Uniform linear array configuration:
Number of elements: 24
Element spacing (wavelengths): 1
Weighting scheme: hamming
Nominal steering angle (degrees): -45
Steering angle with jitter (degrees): -45.825
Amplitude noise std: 0.05
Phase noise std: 0.05

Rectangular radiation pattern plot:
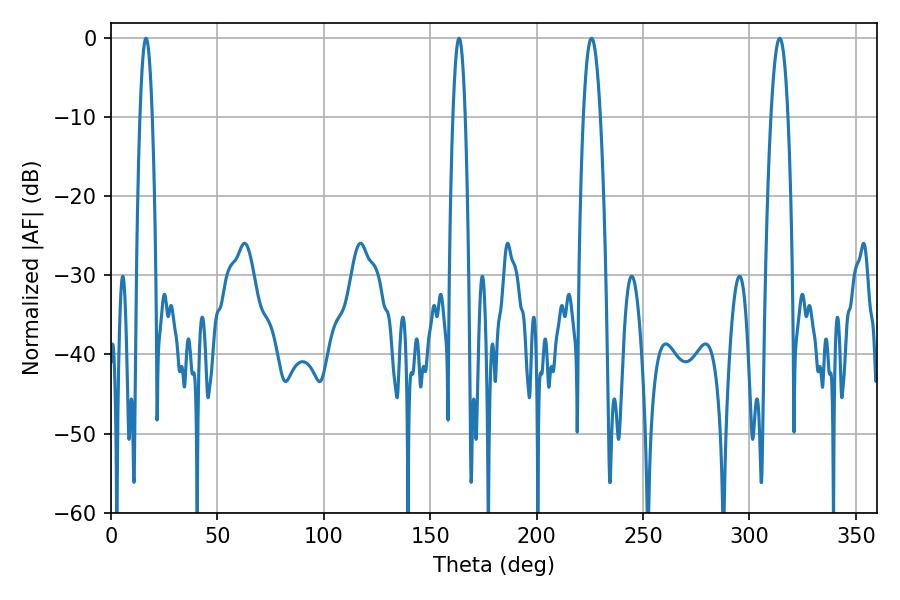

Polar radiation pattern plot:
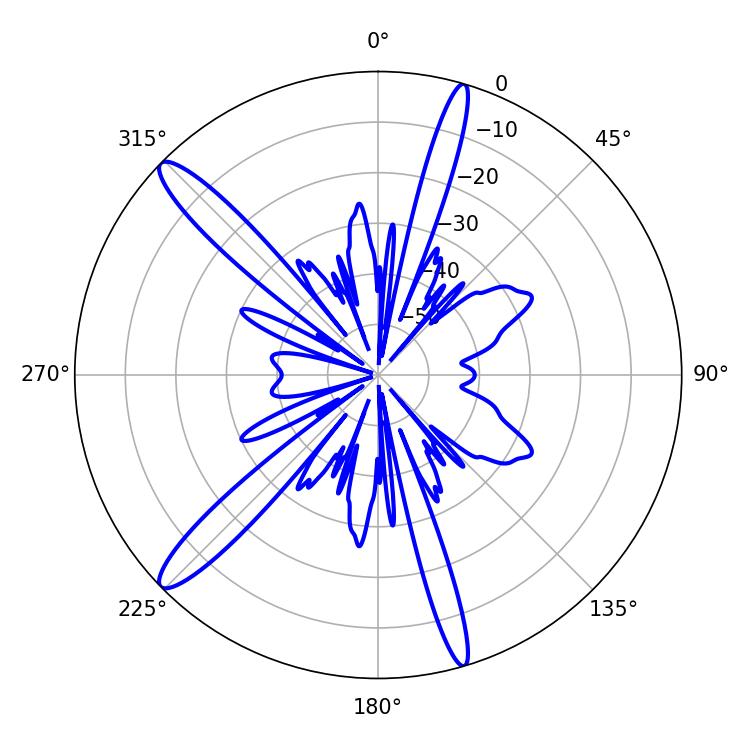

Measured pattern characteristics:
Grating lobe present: TRUE
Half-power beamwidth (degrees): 4.32
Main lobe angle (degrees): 314.28